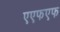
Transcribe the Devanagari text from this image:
एएफएफ